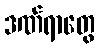
ဒဏ်ရာတွေ